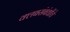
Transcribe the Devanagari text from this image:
क्लबसंबंधीचे